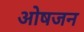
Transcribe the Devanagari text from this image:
ओषजन